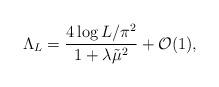
LaTeX: \begin{align*}{\rm \Lambda}_L=\frac{4\log L/\pi^2}{1+\lambda\tilde{\mu}^2}+\mathcal{O}(1),\end{align*}